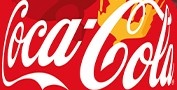
CocaCola